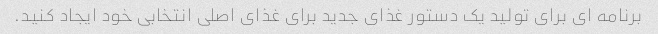
برنامه ای برای تولید یک دستور غذای جدید برای غذای اصلی انتخابی خود ایجاد کنید.